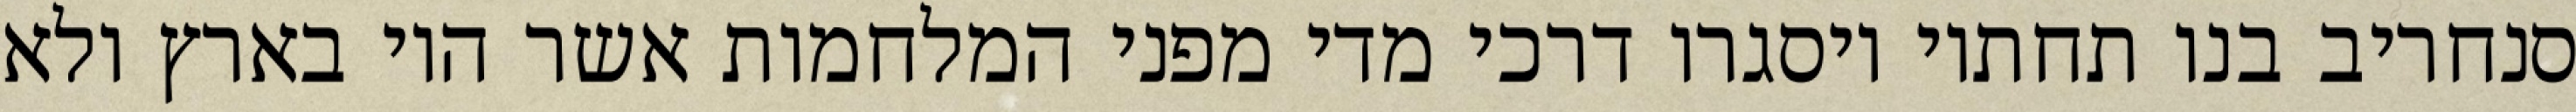
סנחריב בנו תחתיו ויסגרו דרכי מדי מפני המלחמות אשר היו בארץ ולא